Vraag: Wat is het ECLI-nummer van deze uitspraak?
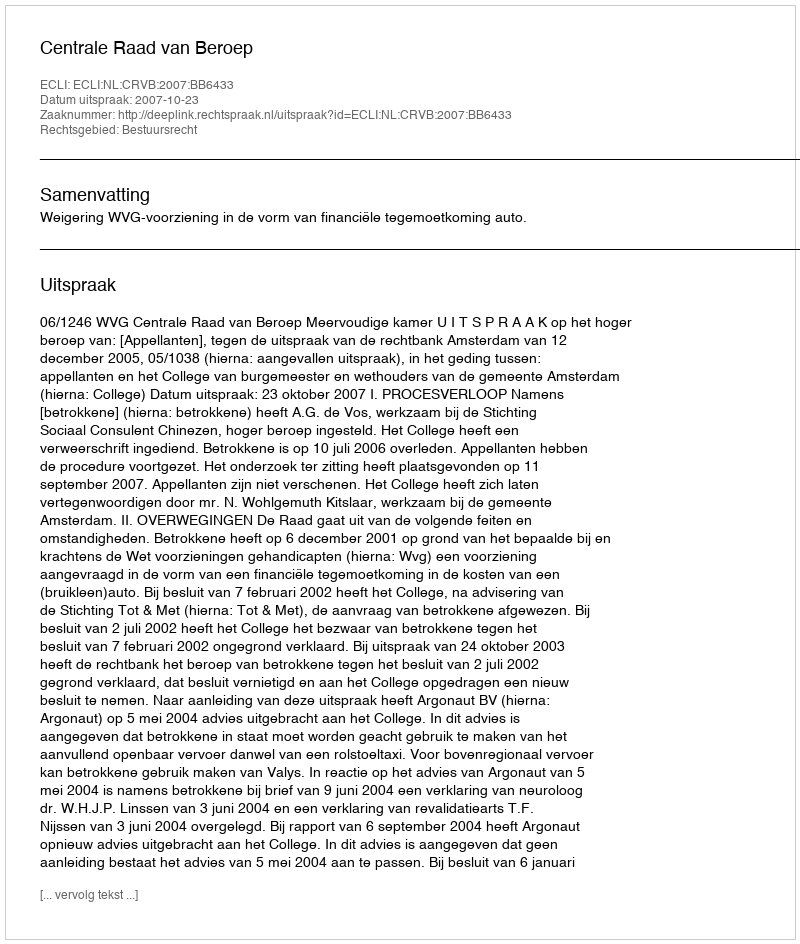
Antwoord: ECLI:NL:CRVB:2007:BB6433